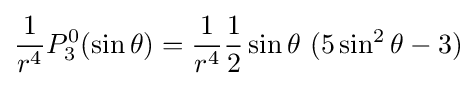
{\frac {1}{r^{4}}}P_{3}^{0}(\sin \theta )={\frac {1}{r^{4}}}{\frac {1}{2}}\sin \theta \ (5\sin ^{2}\theta -3)